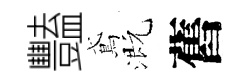
豔鳶溉舊